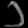
Digit: ၁